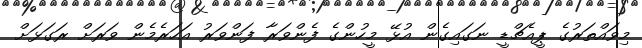
މިވައްތަރުގެ ޕީއެޗްޑީ ނަގައިގެން އުޅޭ މީހުންގެ ފެންވަރާ ފަންވަރު އަހަރެމެން ވަރަށް ރަގަޅަށް